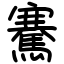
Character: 騫